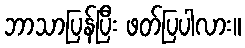
ဘာသာပြန်ပြီး ဖတ်ပြပါလား။